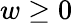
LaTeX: w\ge 0